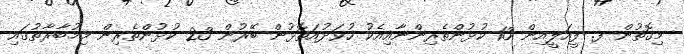
މިގޮތުން ފ. ފީއަލީއިން 13 ކުޅުންތެރިންނާއިއެކު ހުވަދުއަތޮޅުން ބޭރުން 23 ކުޅުންތެރިން މިމުބާރާތުގައި